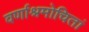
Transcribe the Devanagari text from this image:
वर्णाश्रमोचितां